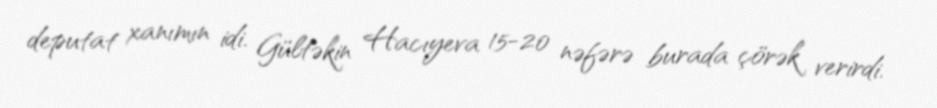
deputat xanımın idi. Gültəkin Hacıyeva 15-20 nəfərə burada çörək verirdi.